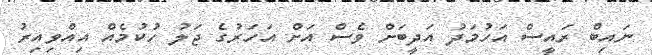
ނައިބް ރައީސް އަހުމަދު އަދީބަށް ވެސް އަށް އަހަރުގެ ޖަލު ހުކުމެއް އިއްވިއިރު